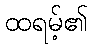
ထရမ့်၏